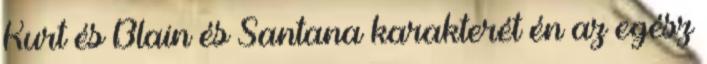
Kurt és Blain és Santana karakterét én az egész